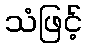
သံဖြင့်